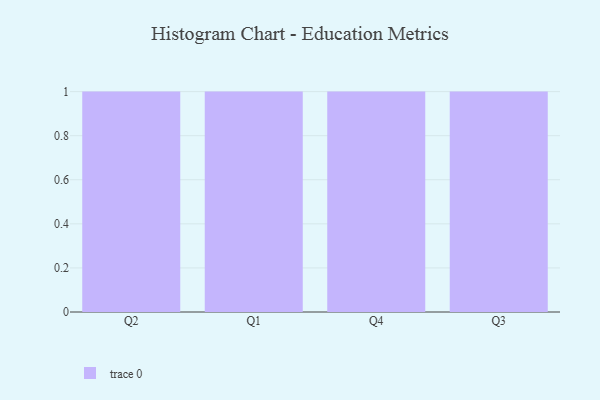
{"axis": {"x": "Quarter", "y": "Satisfaction Score"}, "legend": [""], "data": [{"x": "Q2", "y": 34, "type": ""}, {"x": "Q1", "y": 4, "type": ""}, {"x": "Q4", "y": 18, "type": ""}, {"x": "Q3", "y": 74, "type": ""}]}